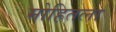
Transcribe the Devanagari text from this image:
मोहितला